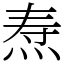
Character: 焘